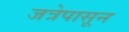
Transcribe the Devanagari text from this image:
जत्रेपासून